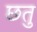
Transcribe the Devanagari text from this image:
छतु